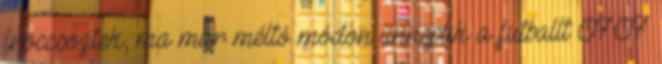
fröccsöztek, ma már méltó módon ünneplik a futballt 07:07